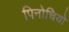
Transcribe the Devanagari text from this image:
पिनोचियो